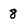
Character: 8